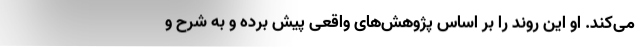
می‌کند. او این روند را بر اساس پژوهش‌های واقعی پیش برده و به شرح و